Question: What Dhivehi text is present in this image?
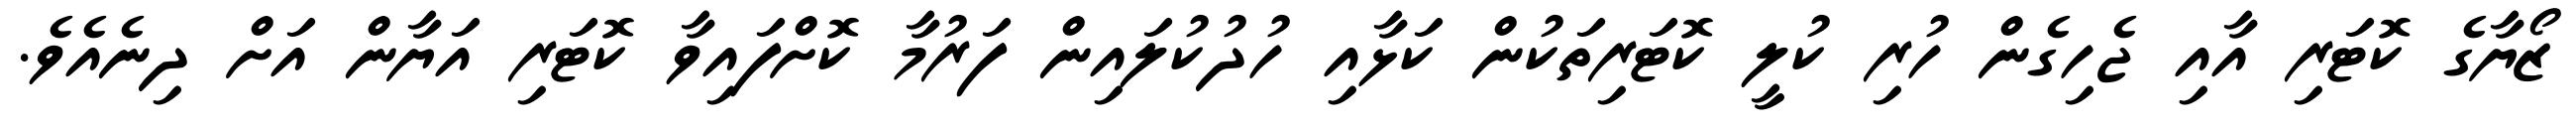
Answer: ޒޯޔާގެ ކޮޓަރި އާއި ޖެހިގެން ހުރި ކުލީ ކޮޓަރިތަކުން ކަޅާއި ހުދުކުލައިން ފަރުމާ ކޮށްފައިވާ ކޮޓަރި އަޔާން އަށް ދިނެއެވެ.